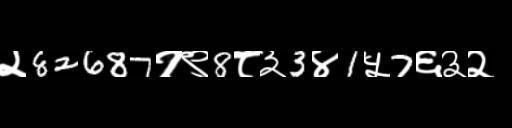
Text: २82687१९8८३3४1५7६३२